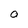
Character: O